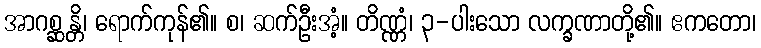
အာဂစ္ဆန္တိ၊ ရောက်ကုန်၏။ စ၊ ဆက်ဦးအံ့။ တိဏ္ဏံ၊ ၃-ပါးသော လက္ခဏာတို့၏။ ဧကတော၊